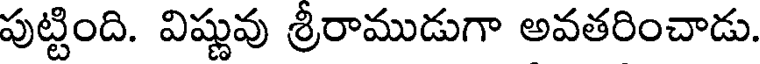
పుట్టింది. విష్ణువు శ్రీరాముడుగా అవతరించాడు.